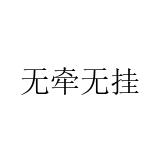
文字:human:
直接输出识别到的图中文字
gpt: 无牵无挂